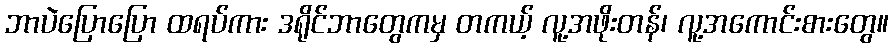
ဘာပဲပြောပြော ထရပ်ကား ဒရိုင်ဘာတွေကမှ တကယ့် လူ့အဖိုးတန်၊ လူ့အကောင်းစားတွေ။